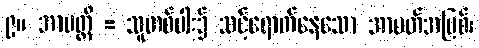
၉။ အာပတ္တိ = သူတစ်ပါး၌ သင့်ရောက်နေသော အာပတ်အပြစ်၊